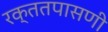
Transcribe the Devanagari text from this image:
रक्ततपासणी